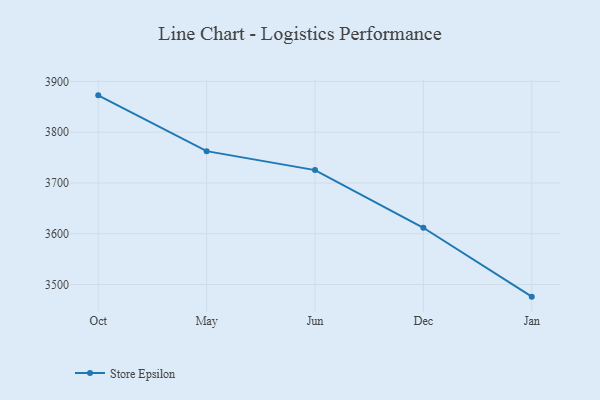
{"axis": {"x": "Month", "y": "Shipments"}, "legend": ["Store Epsilon"], "data": [{"x": "Oct", "y": 3872.6, "type": "Store Epsilon"}, {"x": "May", "y": 3762.7, "type": "Store Epsilon"}, {"x": "Jun", "y": 3725.3, "type": "Store Epsilon"}, {"x": "Dec", "y": 3611.7, "type": "Store Epsilon"}, {"x": "Jan", "y": 3476.0, "type": "Store Epsilon"}]}